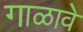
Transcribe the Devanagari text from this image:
गाळावे